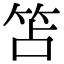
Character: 笘